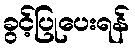
ခွင့်ပြုပေးရန်